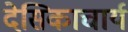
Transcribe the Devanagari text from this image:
देसिकाचार्य